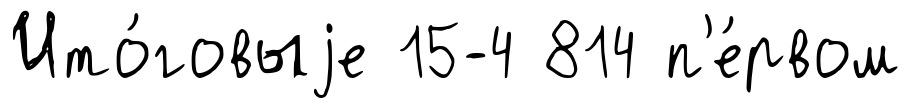
Ито́говыjе 15-4 814 п'е́рвом